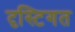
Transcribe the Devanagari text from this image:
दृस्टिगत